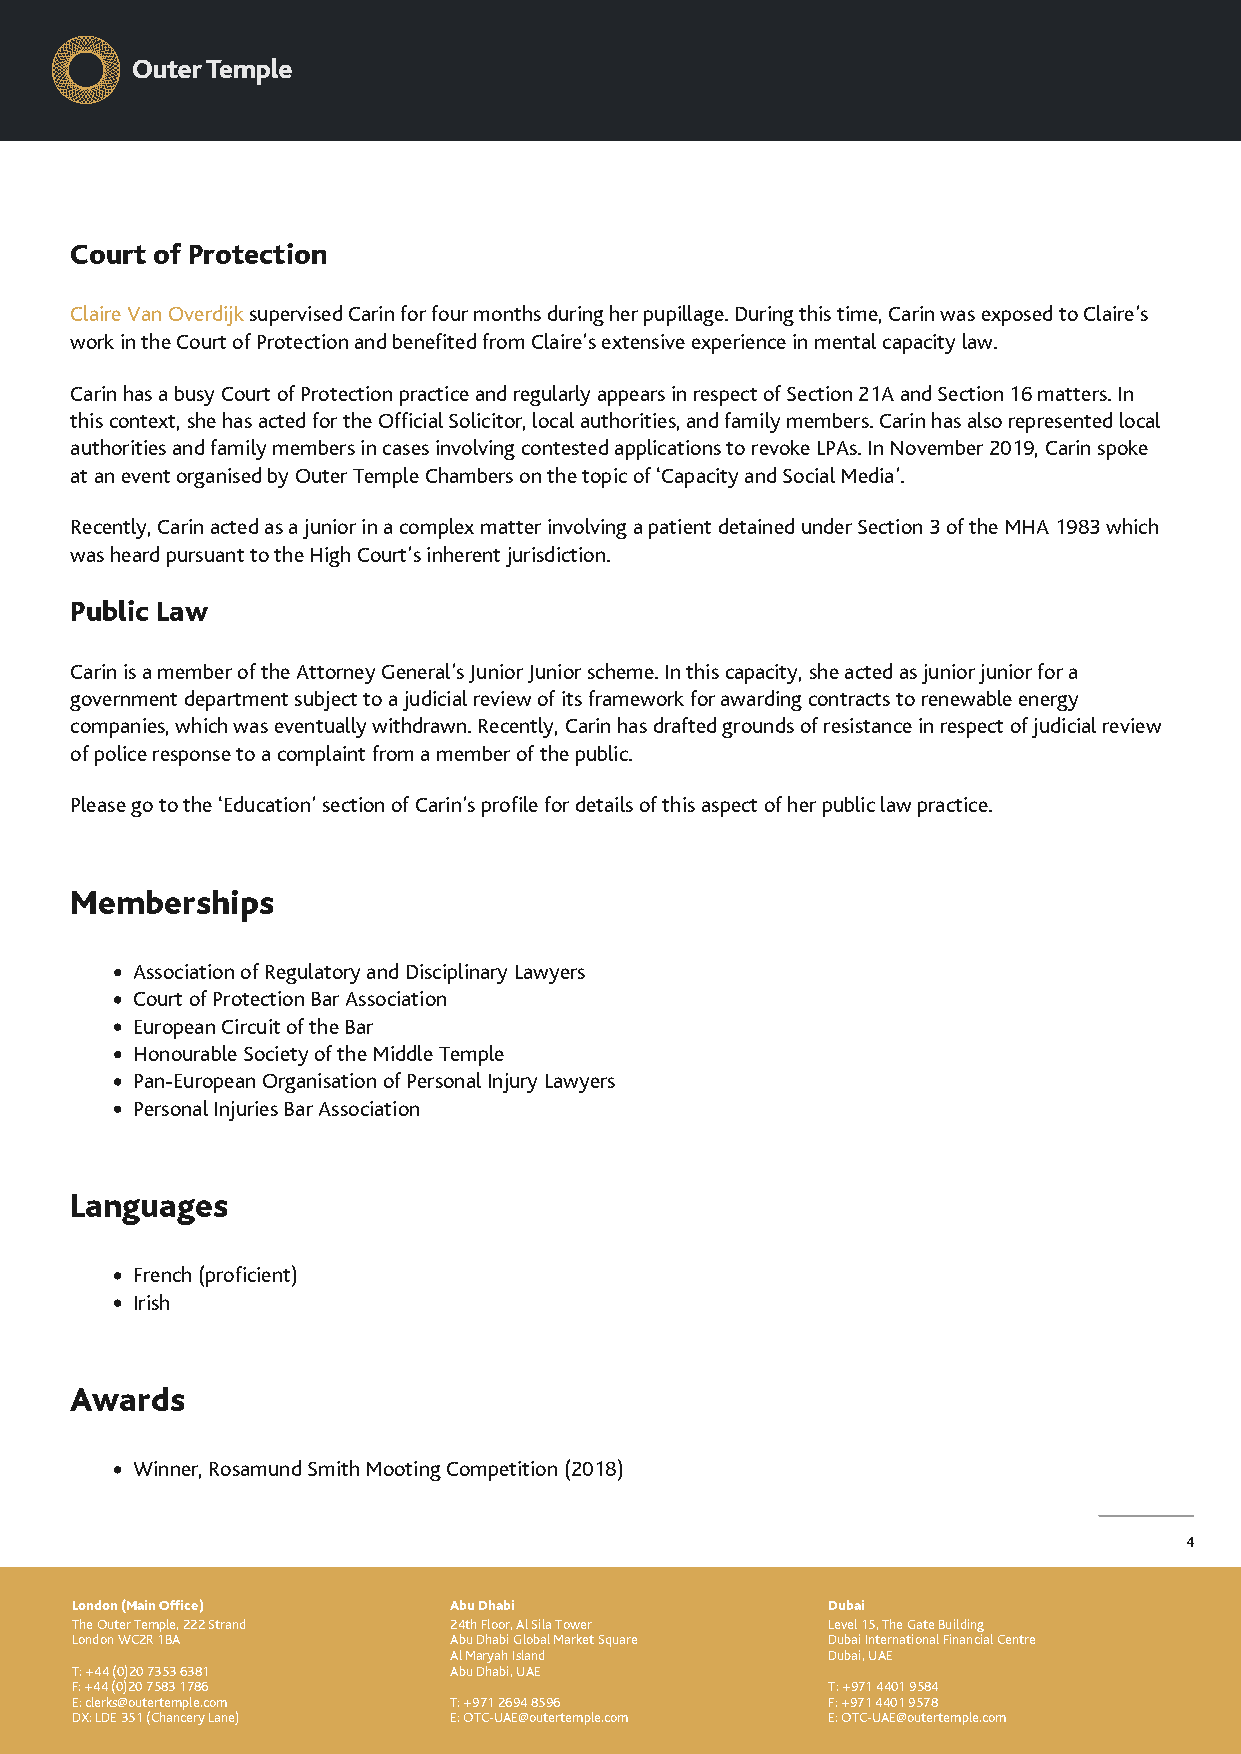
Court of Protection
 Claire Van Overdijk supervised Carin for four months during her pupillage. During this time, Carin was exposed to Claire’s
 work in the Court of Protection and benefited from Claire’s extensive experience in mental capacity law.
 Carin has a busy Court of Protection practice and regularly appears in respect of Section 21A and Section 16 matters. In
 this context, she has acted for the Official Solicitor, local authorities, and family members. Carin has also represented local
 authorities and family members in cases involving contested applications to revoke LPAs. In November 2019, Carin spoke
 at an event organised by Outer Temple Chambers on the topic of ‘Capacity and Social Media’.
 Recently, Carin acted as a junior in a complex matter involving a patient detained under Section 3 of the MHA 1983 which
 was heard pursuant to the High Court’s inherent jurisdiction.
 Public Law
 Carin is a member of the Attorney General’s Junior Junior scheme. In this capacity, she acted as junior junior for a
 government department subject to a judicial review of its framework for awarding contracts to renewable energy
 companies, which was eventually withdrawn. Recently, Carin has drafted grounds of resistance in respect of judicial review
 of police response to a complaint from a member of the public.
 Please go to the ‘Education’ section of Carin’s profile for details of this aspect of her public law practice.
 Memberships
 Association of Regulatory and Disciplinary Lawyers
 Court of Protection Bar Association
 European Circuit of the Bar
 Honourable Society of the Middle Temple
 Pan-European Organisation of Personal Injury Lawyers
 Personal Injuries Bar Association
 Languages
 French (proficient)
 Irish
 Awards
 Winner, Rosamund Smith Mooting Competition (2018)
 4
 London (Main Office)     Abu Dhabi                Dubai
 The Outer Temple, 222 Strand 24th Floor, Al Sila Tower Level 15, The Gate Building
 London WC2R 1BA          Abu Dhabi Global Market Square Dubai International Financial Centre
 Al Maryah Island         Dubai, UAE
 T: +44 (0)20 7353 6381   Abu Dhabi, UAE
 F: +44 (0)20 7583 1786                            T: +971 4401 9584
 E: clerks@outertemple.com T: +971 2694 8596       F: +971 4401 9578
 DX: LDE 351 (Chancery Lane) E: OTC-UAE@outertemple.com E: OTC-UAE@outertemple.com